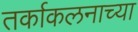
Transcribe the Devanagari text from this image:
तर्काकलनाच्या